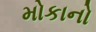
મોકાનો